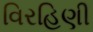
વિરહિણી